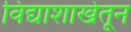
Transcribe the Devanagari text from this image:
विद्याशाखेतून